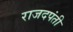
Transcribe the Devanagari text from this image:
राजदपंती